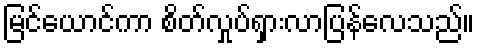
မြင်ယောင်ကာ စိတ်လှုပ်ရှားလာပြန်လေသည်။